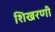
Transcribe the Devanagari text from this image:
शिखरणी